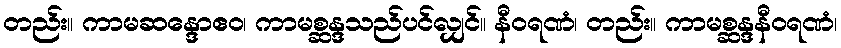
တည်း။ ကာမဆန္ဒောဧဝ၊ ကာမစ္ဆန္ဒသည်ပင်လျှင်။ နီဝရဏံ၊ တည်း။ ကာမစ္ဆန္ဒနီဝရဏံ၊